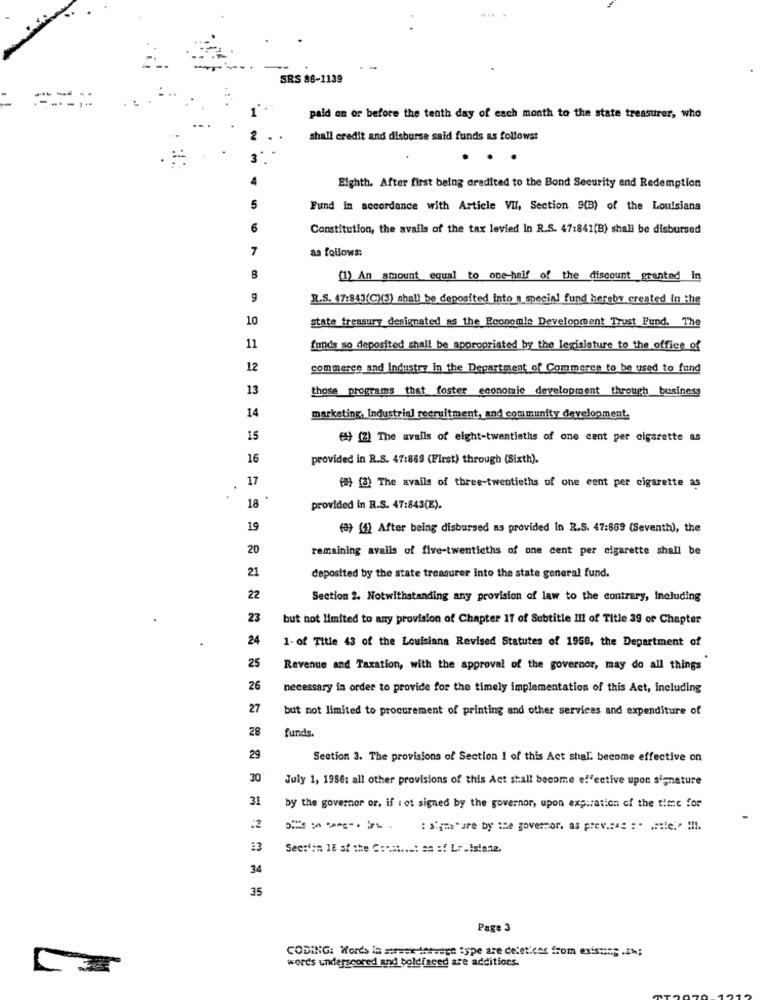
SRS 86-1139
paid on or before the tenth day of each month to the state treasurer, who
shall credit and disburse said funds as follows:
Eighth. After first being credited to the Bond Security and Redemption
Fund in accordance with Article VII, Section 9(B) of the Louisiana
6
Constitution, the avails of the tax levied in R.S. 47:841(B) shall be disbursed
7
as follows:
(1) An amount equal to one-half of the discount granted in
9
R.S. 47:843(C)(3) shall be deposited into a special fund hereby created In the
10
state treasury designated as the Economle Development Trust Fund. The
11
funds so deposited shall be appropriated by the legislature to the office of
12
commerce and Industry in the Department of Commerce to be used to fund
13
those programs that foster economic development through business
14
marketing, Industrial recruitment, and community development.
15
€) (2) The avails of eight-twentieths of one cent per cigarette as
16
provided in R.S. 47:869 (First) through (Sixth).
17
(#) (3) The avails of three-twentieths of one cent per cigarette as
18 *
provided in R.S. 47:843(E).
19
(3) (4) After being disbursed as provided in R.S. 47:869 (Seventh), the
20
remaining avails of five-twentieths of one cent per cigarette shall be
21
deposited by the state treasurer into the state general fund.
22
Section 2. Notwithstanding any provision of law to the contrary, Including
23
but not limited to any provision of Chapter 17 of Subtitle Ill of Title 39 of Chapter
24
1. of Title 43 of the Louisiana Revised Statutes of 1958, the Department of
25
Revenue and Taxation, with the approval of the governor, may do all things
26
necessary in order to provide for the timely implementation of this Act, including
27
but not limited to procurement of printing and other services and expenditure of
28
funds.
29
Section 3. The provisions of Section 1 of this Act shal. become effective on
30
July 1, 1986: all other provisions of this Act stall become effective upon signature
31
by the governor or, if i ot signed by the governor, upon expiration of the time for
:2
: sigue"are by the governor, as previsas : . ..! e .. !!!.
13
Section 1E sf the Coast ...: an :f Lr.Istane.
34
35
Page 3
CODING: Words Is warwexlervare ispe are deletters from existing .in;
words underscored and boldfaced are additions.